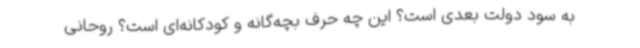
به سود دولت بعدی است؟ این چه حرف بچه‌گانه و کودکانه‌ای است؟ روحانی